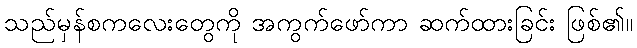
သည်မှန်စကလေးတွေကို အကွက်ဖော်ကာ ဆက်ထားခြင်း ဖြစ်၏။